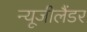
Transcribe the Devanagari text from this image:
न्यूजीलैंडर